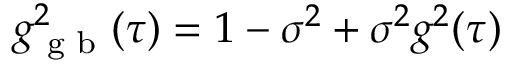
g _ { \textrm { g b } } ^ { 2 } ( \tau ) = 1 - \sigma ^ { 2 } + \sigma ^ { 2 } g ^ { 2 } ( \tau )